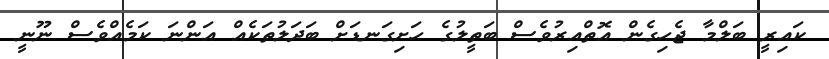
ކައިރީ ބަލްމާ ޖެހިގެން އޮތްއިރުވެސް ބަތީލުގެ ހަށިގަނޑަށް ބަދަލުތަކެއް އަންނަ ކަމެއްވެސް ނޫނީ